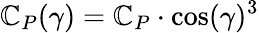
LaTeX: \mathbb{C}_{P}(\gamma)=\mathbb{C}_{P}\cdot\cos(\gamma)^{3}